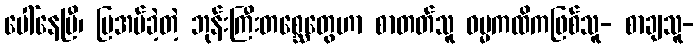
ပေါ်နေပြီ၊ ပြအပ်ခဲ့တဲ့ ဘုန်းကြီးတစ္ဆေတွေဟာ စာတတ်သူ ဓမ္မကထိကဖြစ်သူ- စာချသူ-